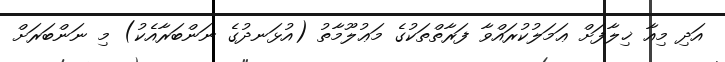
އަދި މިއާ ޚިލާފަށް ޢަމަލުކުރައްވާ ފަރާތްތަކުގެ މަޢުލޫމާތު (އުޅަނދުގެ ނަންބަރާއެކު) މި ނަންބަރަށް